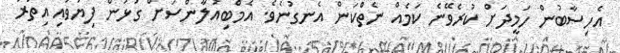
އެހިސާބުން ހަމީދަށް ކުރެވޭނެ ކަމެއް ނެތްކަން އެނގުނެވެ. އެމްބިއުލާންސަށް ގުޅުން ފިޔަވައި އިތުރު